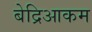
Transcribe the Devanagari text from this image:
बेद्रिआकम